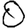
Digit: 0